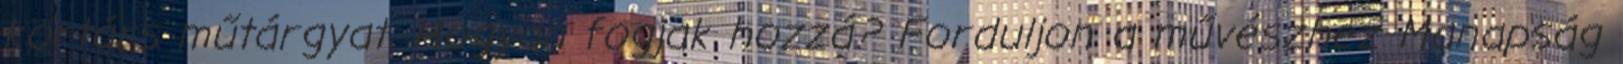
kortárs műtárgyat. Hogyan fogjak hozzá? Forduljon a művészhez Manapság